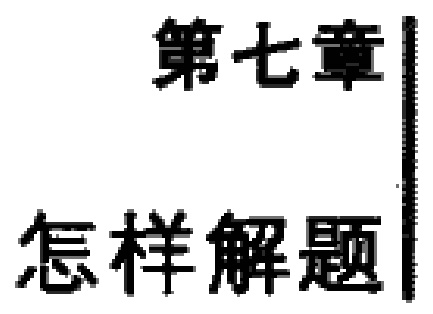
\chapter{怎样解题}